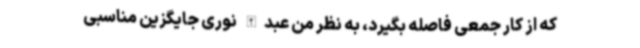
که از کار جمعی فاصله بگیرد، به ‌نظر من عبدالله نوری جایگزین مناسبی